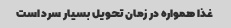
غذا همواره در زمان تحویل بسیار سرد است